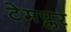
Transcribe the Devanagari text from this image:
टेमप्लर